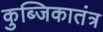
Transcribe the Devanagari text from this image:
कुब्जिकातंत्र